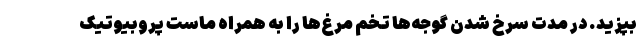
بپزید. در مدت سرخ شدن گوجه‌ها تخم مرغ‌ها را به همراه ماست پروبیوتیک